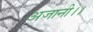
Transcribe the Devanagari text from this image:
अजानी।।